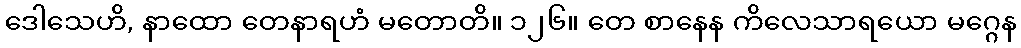
ဒေါသေဟိ, နာထော တေနာရဟံ မတောတိ။ ၁၂၆။ တေ စာနေန ကိလေသာရယော မဂ္ဂေန